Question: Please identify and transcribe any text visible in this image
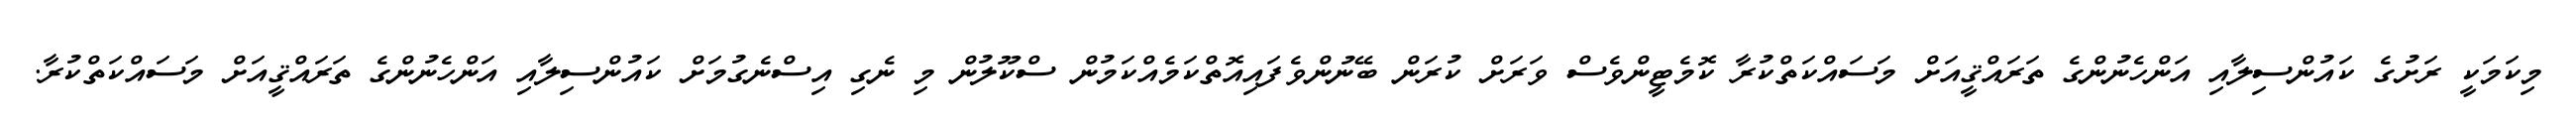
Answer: މިކަމަކީ ރަށުގެ ކައުންސިލާއި އަންހެނުންގެ ތަރައްޤީއަށް މަސައްކަތްކުރާ ކޮމެޓީންވެސް ވަރަށް ކުރަން ބޭނުންވެފައިއޮތްކަމެއްކަމުން ސްކޫލުން މި ނެގި އިސްނެގުމަށް ކައުންސިލާއި އަންހެނުންގެ ތަރައްޤީއަށް މަސައްކަތްކުރާ.